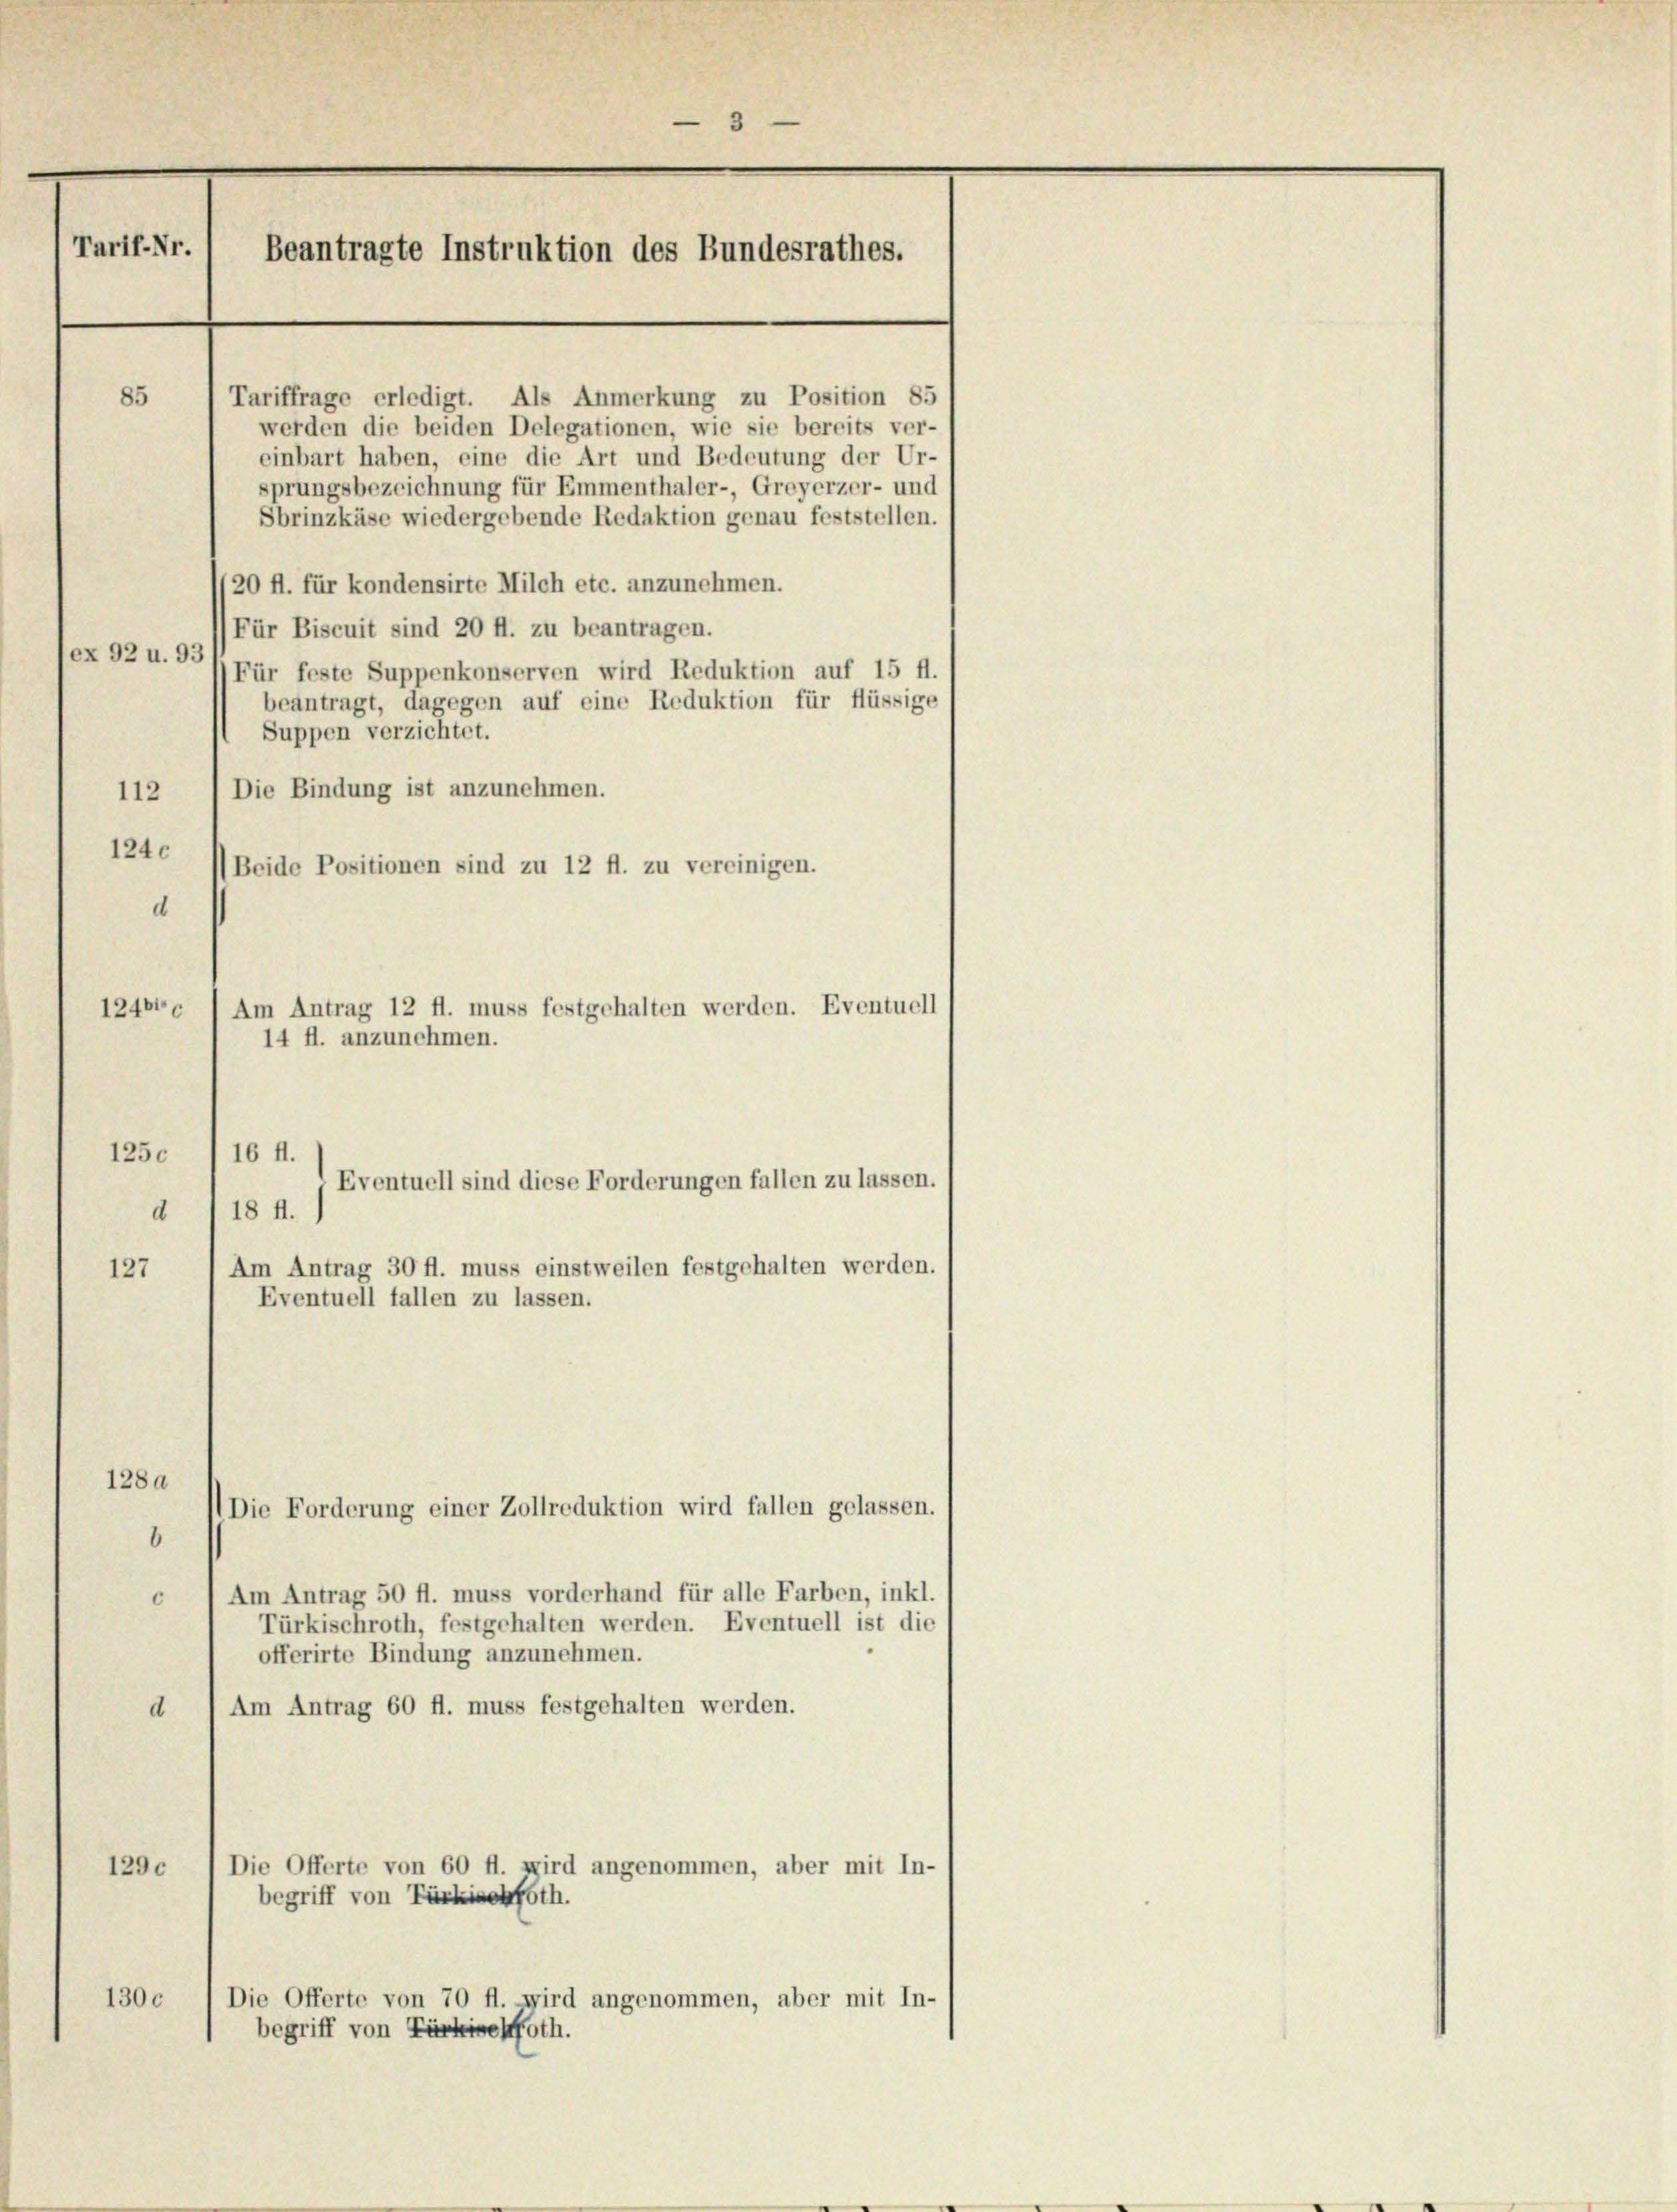
3
Tarif-Nr.
Beantragte Instruktion des Bundesrathes.

85
Tariffrage erledigt. Als Anmerkung zu Position 85
werden die beiden Delegationen, wie sie bereits ver-
einbart haben, eine die Art und Bedeutung der Ur-
sprungsbezeichnung für Emmenthaler-, Greyerzer- und
Sbrinzkäse wiedergebende Redaktion genau feststellen.
/20 fl. für kondensirte Milch etc. anzunehmen.
Für Biscuit sind 20 ff. zu beantragen.
ex 92 u. 93
Für feste Suppenkonserven wird Reduktion auf 15 fl.
beantragt, dagegen auf eine Reduktion für flüssige
Suppen verzichtet.
112) Die Bindung ist anzunehmen.
1240
Beide Positionen sind zu 12 fl. zu vereinigen.
d
124610
1250
16 ff.
Eventuell sind diese Forderungen fallen zu lassen.
18 ff.)
d
Am Antrag 30 fl. muss einstweilen festgehalten werden.
127
Eventuell fallen zu lassen.
128a
Die Forderung einer Zollreduktion wird fallen gelassen.
6
Am Antrag 50 fl. muss vorderhand für alle Farben, inkl.
6
Türkischroth, festgehalten werden. Eventuell ist die
offerirte Bindung anzunehmen.
Am Antrag 60 fl. muss festgehalten werden.
d
Die Offerte von 60 fl. wird angenommen, aber mit In-
1290
begriff von Türkischfth.
130c
Die Offerte von 70 fl. wird angenommen, aber mit In-
begriff von Türkiehfoth.

Am Antrag 12 fl. muss festgehalten werden. Eventuell
14 fl. anzunehmen.